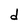
Character: d